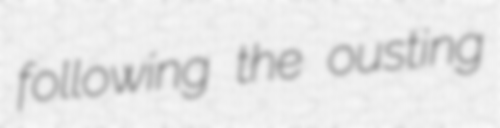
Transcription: following the ousting